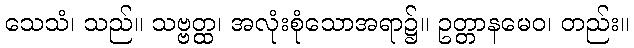
သေသံ၊ သည်။ သဗ္ဗတ္ထ၊ အလုံးစုံသောအရာ၌။ ဥတ္တာနမေဝ၊ တည်း။